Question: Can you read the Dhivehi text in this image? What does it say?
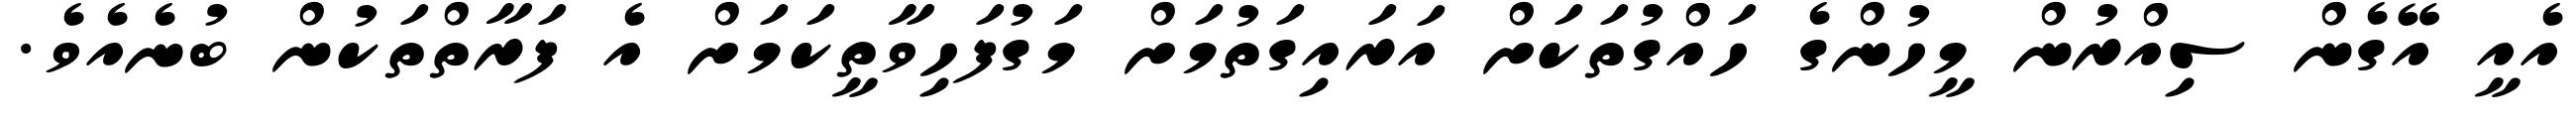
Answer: އެއީ އޭގެން ސިއްރުން މީހުންގެ ހައްގުތަކަށް އަރައިގަތުމަށް މަގުފަހިވާތީކަމަށް އެ ފަރާތްތަކުން ބުނެއެވެ.